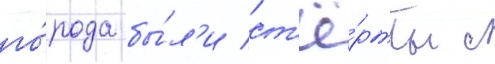
го́рода бы́л'и ст'ё́рты с